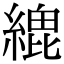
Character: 𦃋